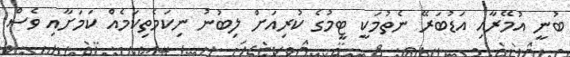
ބުނީ އުމޭރާއި އަޑުބަރޭ ނެތުމަކީ ޓީމުގެ ކުރިއަށް ލިބުނު ނިކަމެތިކަމެއް ކަމަށާއި ވެސް